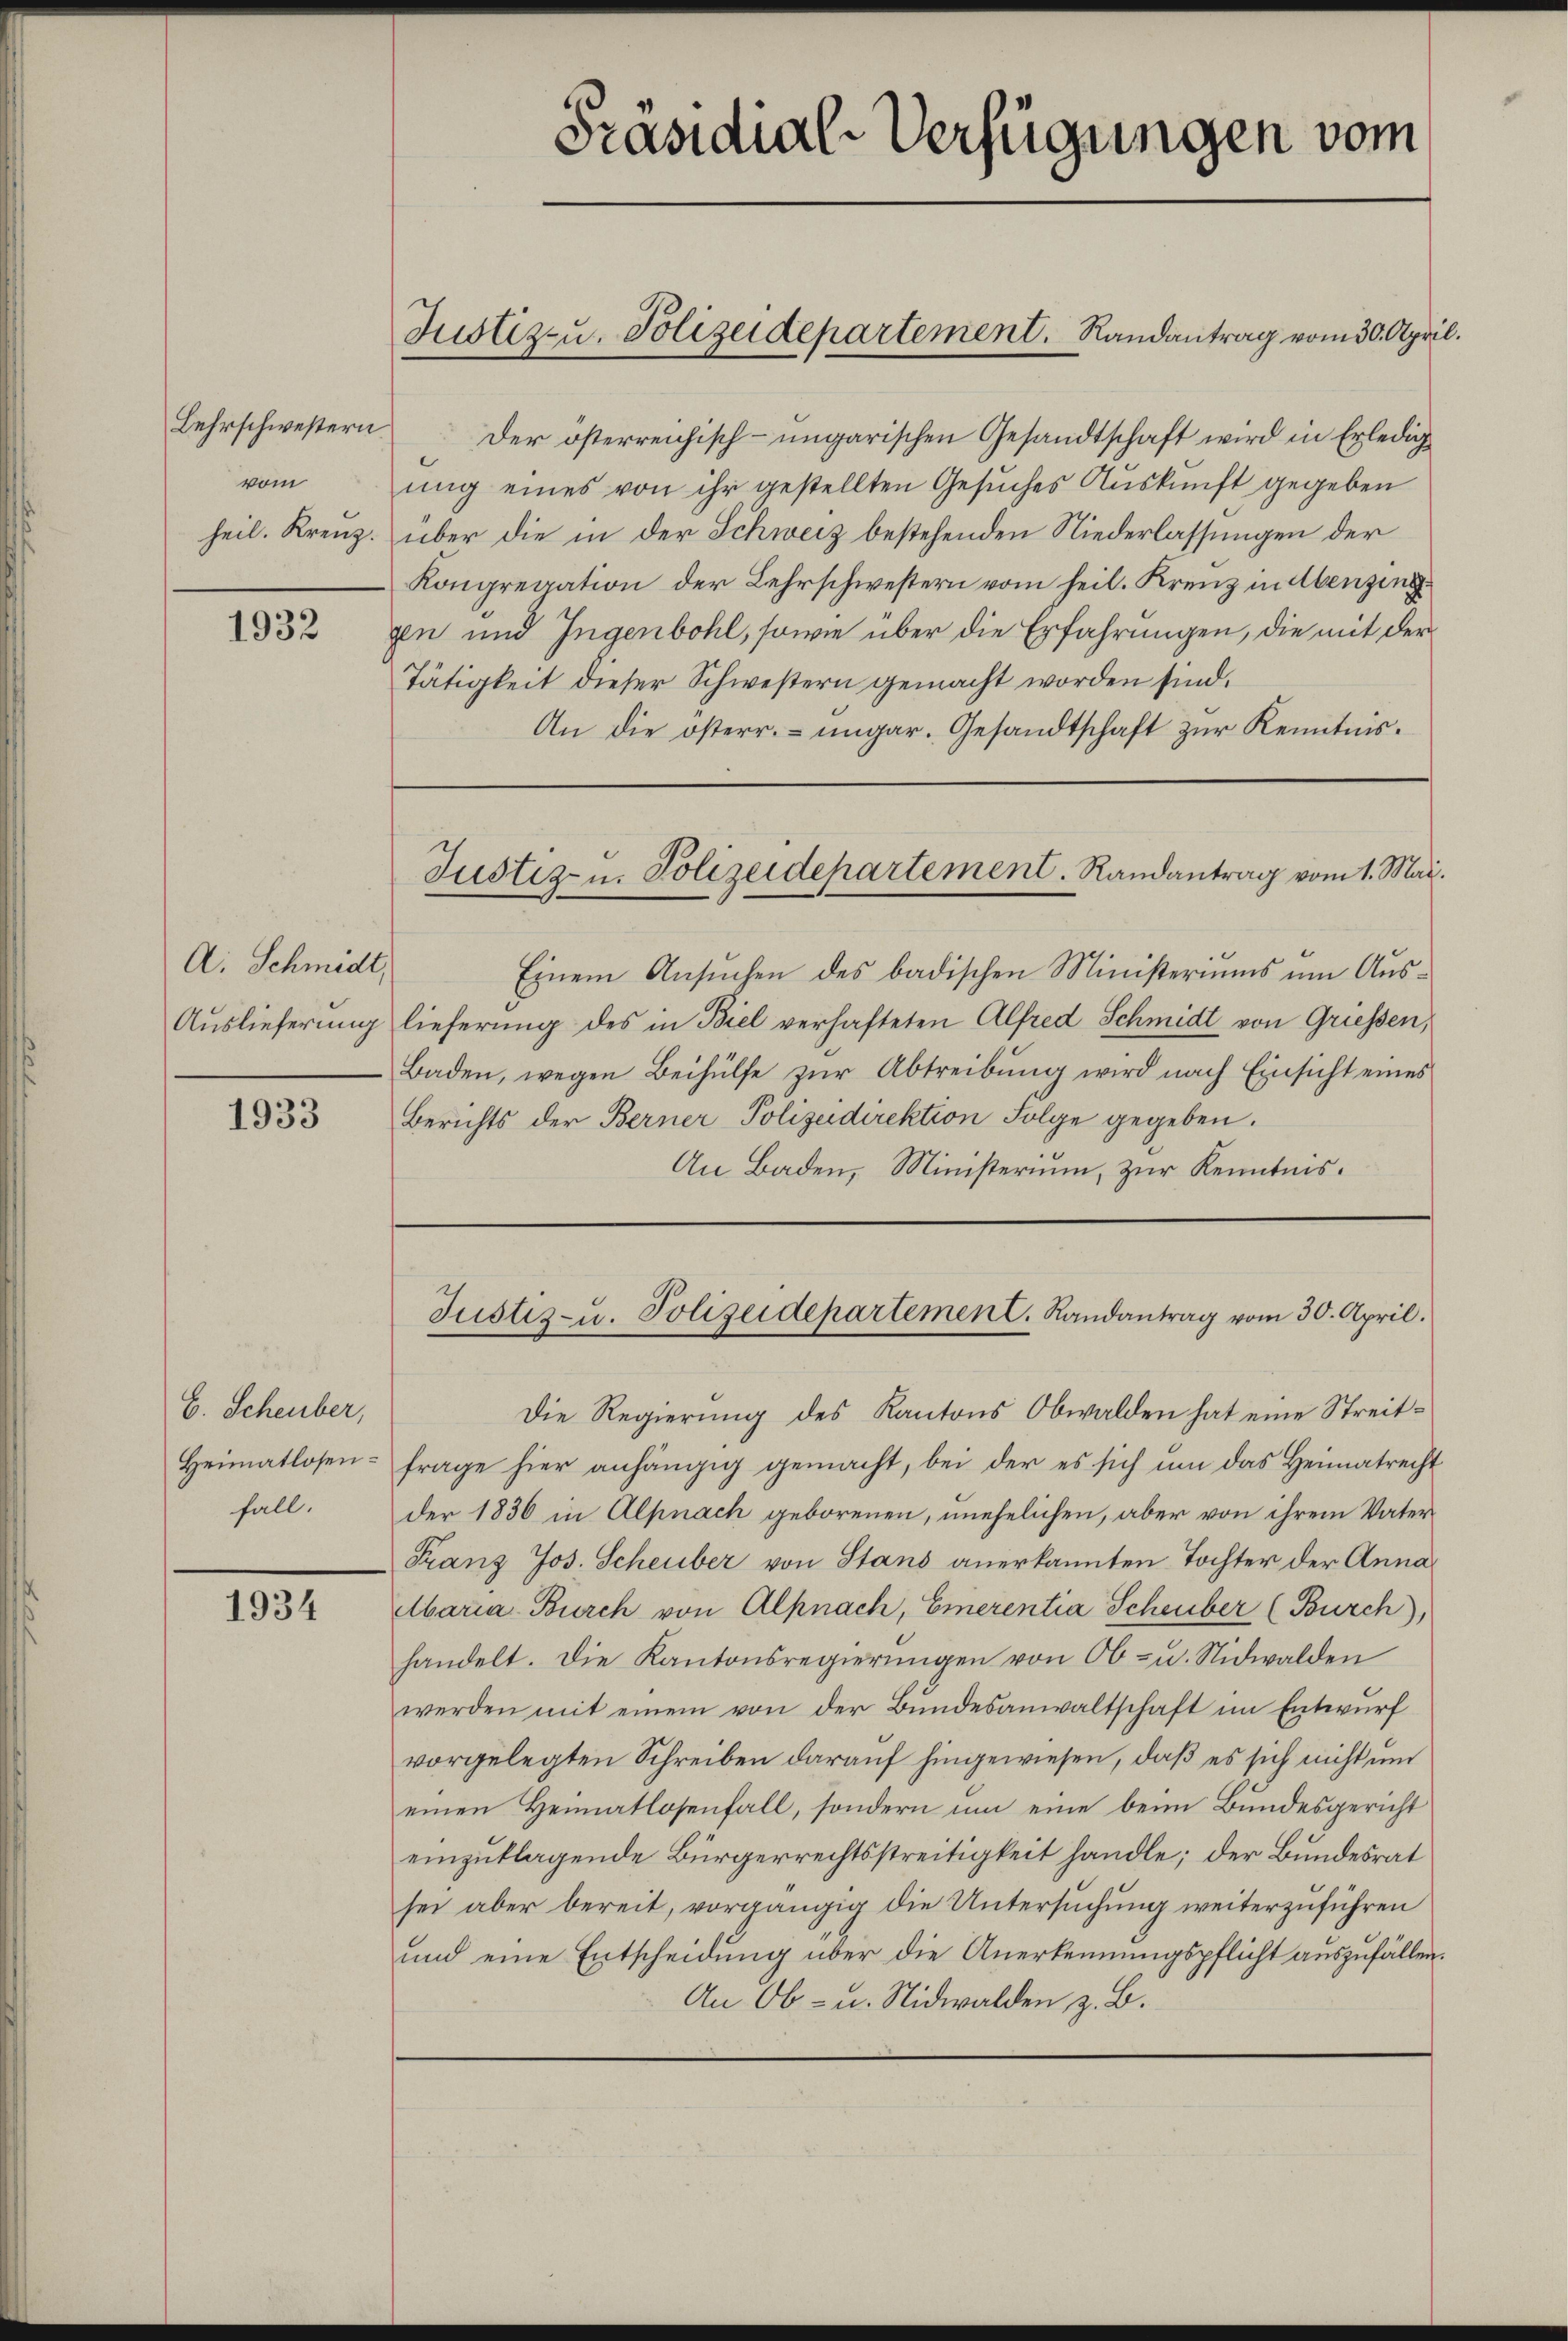
Lehrschwestern
vom

1932

A. Schmidt,

1933

E. Scheuber,
Heimatlosen-
fall.

1934

Der österreichisch-ungarischen Gesandtschaft wird in Erledigung eines von ihr gestellten Gesuches Auskunft gegeben
heil. Kreuz. über die in der Schweiz bestehenden Niederlassungen der
Kongregation der Lehrschwestern vom heil. Krenz in Abenzing.
gen und Ingenbohl, sowie über die Erfahrungen, die mit der
Tätigkeit dieser Schwestern gemacht worden sind.
An die österr. ungar. Gesandtschaft zur Kenntnis¬

Baden, wegen Beihülfe zur Abtreibung wird nach Einsicht eines
Berichts der Berner Polizeidirektion Folge gegeben.
An Baden, Ministerium, zur Kenntnis.

Einem Ansuchen des badischen Ministeriums um Aus¬
Auslieferung lieferung des in Biel verhafteten Alfred Schmidt von Griessen,
Die Regierung des Kantons Obwalden hat eine Streitfrage hier anhängig gemacht, bei der es sich um das Heimatrecht
der 1836 in Alpnach geborenen, unehelichen, aber von ihrem Vater
Franz Jos. Scheuber von Stans anerkannten Tochter der Annabaria Burch von Alpnach, Emerentia Scheuber (Bürch),
handelt. Die Kantonsregierŭngen von Ob- u. Nidwalden
werden mit einem von der Bundesanwaltschaft im Entwurf
vorgelegten Schreiben darauf hingewiesen, daß es sich nicht und
einen Heimatlosenfall, sondern um eine beim Bundesgericht
einzuklagende Bürgerrechtsstreitigkeit handle; der Bundesrat
sei aber bereit, vorgängig die Untersuchung weiterzuführen
und eine Entscheidung über die Anerkennungspflicht auszufällen.
An Ob- u. Nidwalden z. B.

Präsidial-Verfügungen vom

Justiz- u. Polizeidepartement.   Randantrag vom 30. April.

Justiz- u. Polizeidepartement. Randantrag vom 1. Mai.

Justiz- u. Polizeidepartement. Randantrag vom 30. April.